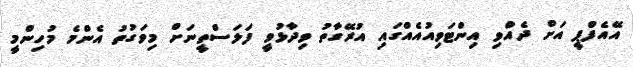
އޭއެފްޕީ އަށް ދެއްވި އިންޓަވިއުއެއްގައި އުރޭގާތު ވިދާޅުވީ ފަލަސްތީނަށް މިވަގުތު އެންމެ މުހިންމީ